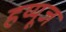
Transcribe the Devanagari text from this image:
हय्यूज